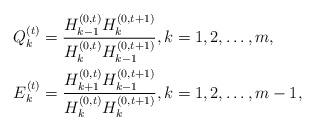
LaTeX: \begin{align*}&Q_k^{(t)}=\frac{H_{k-1}^{(0,t)}H_{k}^{(0,t+1)}}{H_{k}^{(0,t)}H_{k-1}^{(0,t+1)}},k=1,2,\dots,m,\\&E_k^{(t)}=\frac{H_{k+1}^{(0,t)}H_{k-1}^{(0,t+1)}}{H_{k}^{(0,t)}H_{k}^{(0,t+1)}},k=1,2,\dots,m-1,\end{align*}